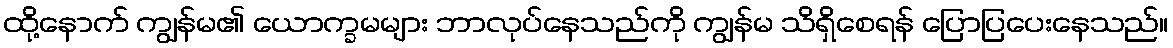
ထို့နောက် ကျွန်မ၏ ယောက္ခမများ ဘာလုပ်နေသည်ကို ကျွန်မ သိရှိစေရန် ပြောပြပေးနေသည်။